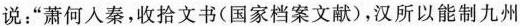
说：”萧何人秦，收拾文书(国家档案文献)，汉所以能制九州